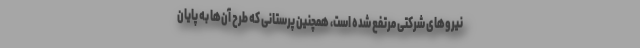
نیروهای شرکتی مرتفع شده است، همچنین پرستانی که طرح آن‌ها به پایان